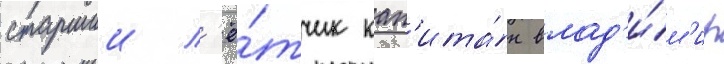
старшии л'ё́тчик кап'ита́н влад'и́м'ир